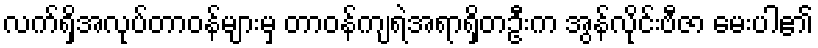
လက်ရှိအလုပ်တာဝန်များမှ တာဝန်ကျရဲအရာရှိတဦးက အွန်လိုင်းဗီဇာ မေးပါ၏